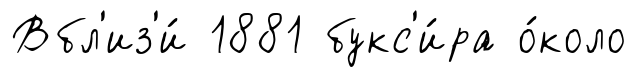
Вбл'из'и́ 1881 букс'и́ра о́коло